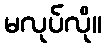
မလုပ်လို။